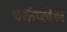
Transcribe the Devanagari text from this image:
वर्कप्लेस